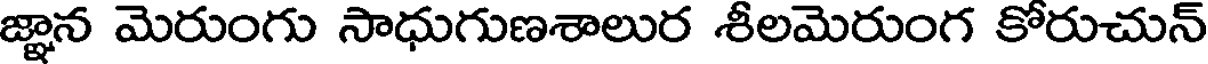
జ్ఞాన మెరుంగు సాధుగుణశాలుర శీలమెరుంగ కోరుచున్